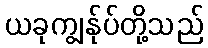
ယခုကျွန်ုပ်တို့သည်